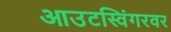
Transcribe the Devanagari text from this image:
आउटस्विंगरवर